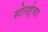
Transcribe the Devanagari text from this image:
सोनईच्या